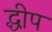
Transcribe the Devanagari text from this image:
द्धीप